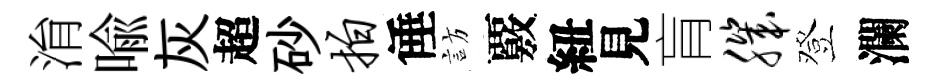
㳙喩灰超砂拍倕訪覈紐見肓肌登瀾